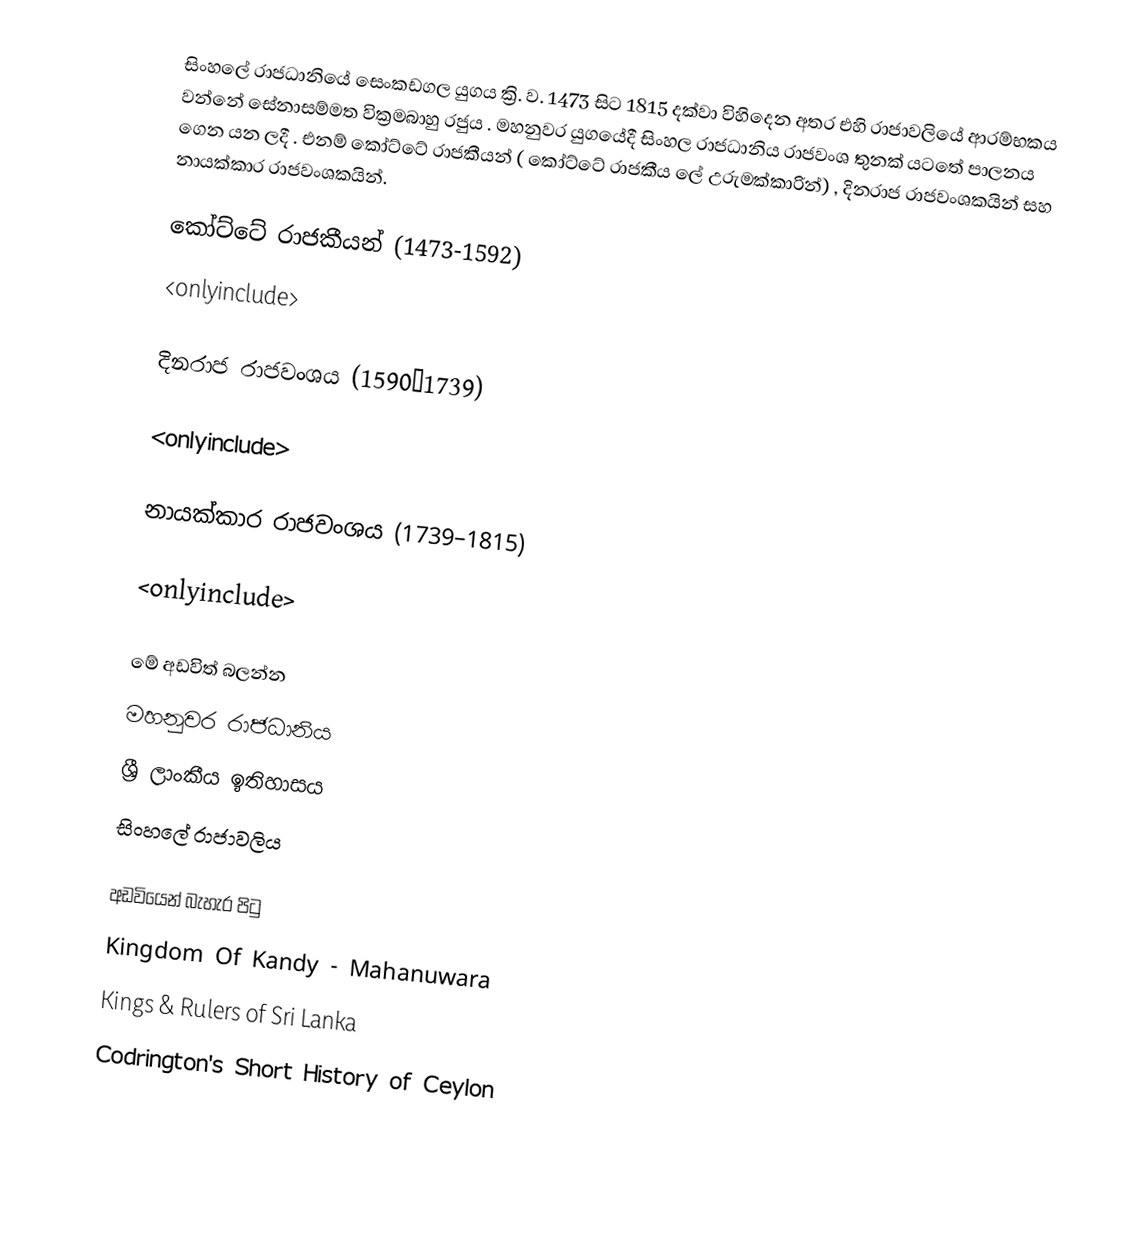
සිංහලේ රාජධානියේ සෙංකඩගල යුගය ක්‍රි. ව. 1473 සිට 1815 දක්වා විහිදෙන අතර එහි රාජාවලියේ ආරම්භකය වන්නේ සේනාසම්මත වික්‍රමබාහු රජුය . මහනුවර යුගයේදී සිංහල රාජධානිය රාජවංශ තුනක් යටතේ පාලනය ගෙන යන ලදී . එනම් කෝට්ටේ රාජකීයන් ( කෝට්ටේ රාජකීය ලේ උරුමක්කාරින්)  , දිනරාජ රාජවංශකයින් සහ නායක්කාර රාජවංශකයින්.

කෝට්ටේ රාජකීයන් (1473-1592)
<onlyinclude>

දිනරාජ රාජවංශය (1590–1739)

<onlyinclude>

නායක්කාර රාජවංශය (1739–1815)

<onlyinclude>

මේ අඩවිත් බලන්න
 මහනුවර රාජධානිය
 ශ්‍රී ලාංකීය ඉතිහාසය
 සිංහලේ රාජාවලිය

අඩවියෙන් බැහැර පිටු
 Kingdom Of Kandy - Mahanuwara
 Kings & Rulers of Sri Lanka
 Codrington's Short History of Ceylon